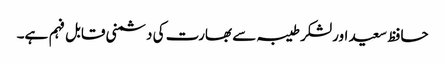
حافظ سعید اورلشکر طیبہ سے بھارت کی دشمنی قابل فہم ہے۔